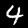
Digit: 4